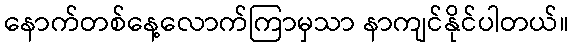
နောက်တစ်နေ့လောက်ကြာမှသာ နာကျင်နိုင်ပါတယ်။